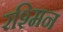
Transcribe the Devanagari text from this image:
रश्मिन